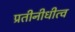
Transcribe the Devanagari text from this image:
प्रतीनीधीत्व